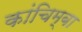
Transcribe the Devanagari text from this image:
कांचिम्बा